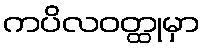
ကပိလဝတ္ထုမှာ